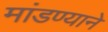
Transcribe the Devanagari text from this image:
मांडण्याने